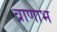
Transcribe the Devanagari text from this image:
व्राणाभ